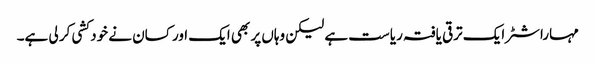
مہاراشٹر ایک ترقی یافتہ ریاست ہے لیکن وہاں پر بھی ایک اور کسان نے خود کشی کر لی ہے۔